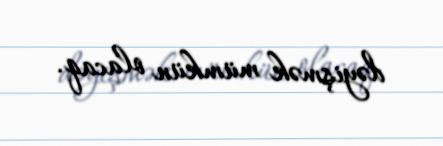
dəyişmək mümkün olacaq.